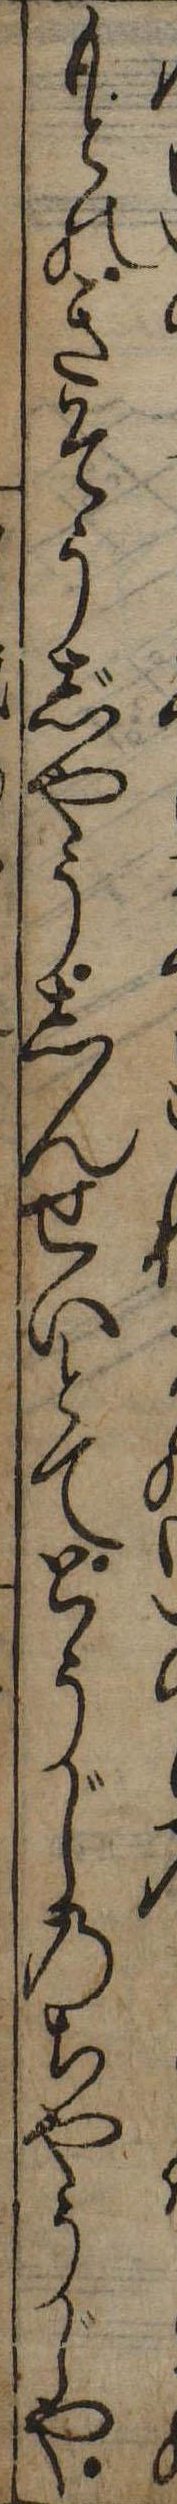
もとのきそうじやうしんせいとてとうじのちやうじや